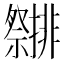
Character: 𮂤